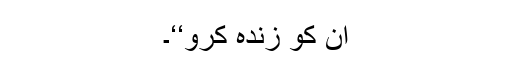
ان کو زندہ کرو‘‘۔